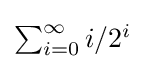
{\textstyle \sum _{i=0}^{\infty }i/2^{i}}